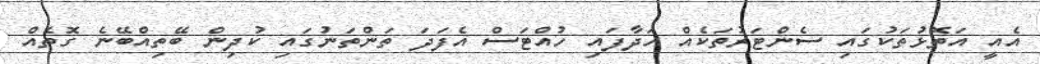
އެއީ އަތޮޅުތަކުގައި ސެންޓަރުތަކެއް ހަދާފައި ހުއްޓަސް އެފަދަ ތަންތަނުގައި ކުދިން ބޭތިއްބޭނެ ގޮތެއް